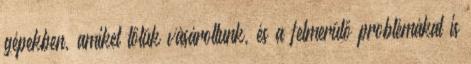
gépekben, amiket tőlük vásároltunk, és a felmerülő problémákat is